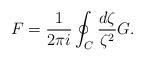
LaTeX: \begin{align*}F=\frac{1}{2\pi i}\oint_C \frac{d\zeta}{\zeta^2} G.\end{align*}